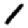
Digit: 1